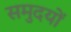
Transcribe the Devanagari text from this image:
समुदयों